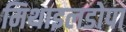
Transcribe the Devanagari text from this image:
मिथाइलडोपा